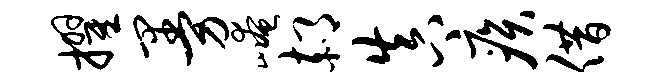
擢曼崦郝真疾借